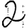
Digit: 2